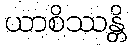
ယာစိဿန္တိ